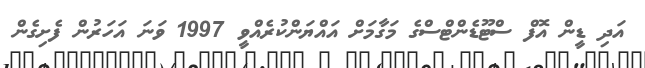
އަދި ޑީން އޮފް ސްޓޫޑެންޓްސްގެ މަގާމަށް އައްޔަންކުރެއްވީ 1997 ވަނަ އަހަރުން ފެށިގެން